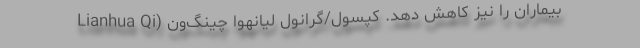
بیماران را نیز کاهش دهد. کپسول/گرانول لیانهوا چینگ‌ون (Lianhua Qi